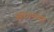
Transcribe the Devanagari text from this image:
ऑरगनच्या